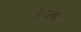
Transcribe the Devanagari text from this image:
३०वए